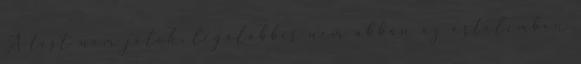
A test nem játék, legalábbis nem abban az értelemben